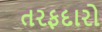
તરફદારો